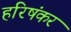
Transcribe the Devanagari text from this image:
हरिषंकर